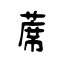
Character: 蓆